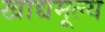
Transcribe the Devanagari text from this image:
खाद्यमूल्य